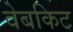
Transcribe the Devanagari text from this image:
वेबकिट